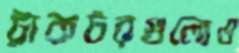
ট্রাকটরগুলোও